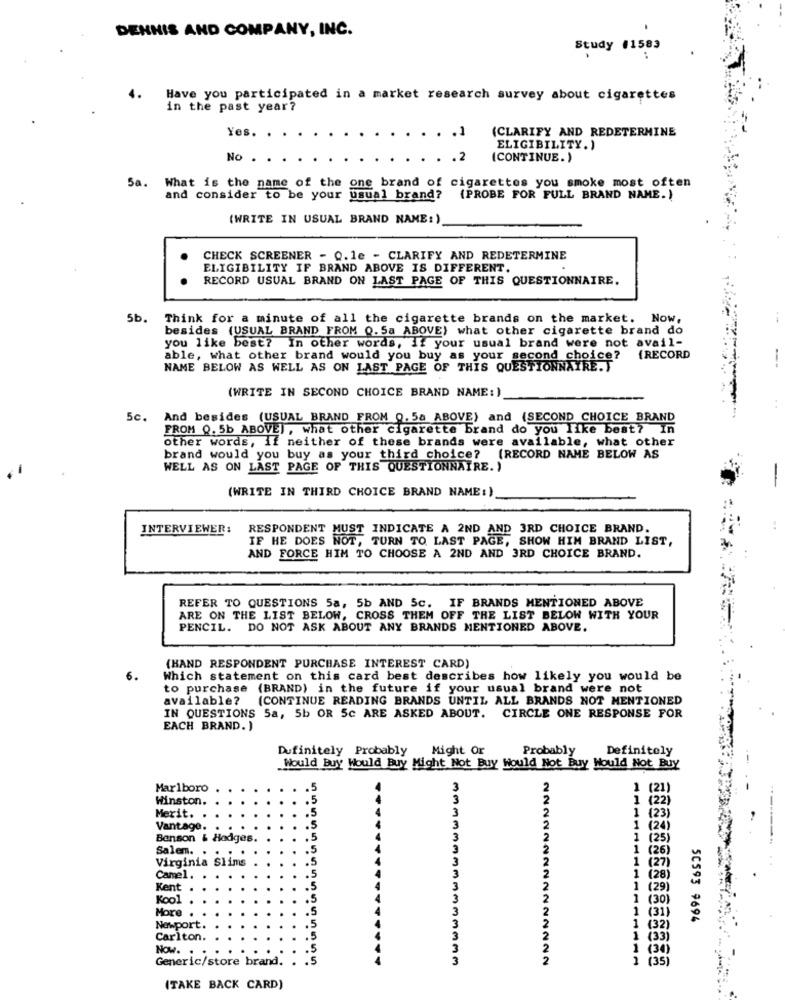
DENNIS AND COMPANY, INC.
Study #1583
4.
Have you participated in a market research survey about cigarettes
in the past year?
Yes.
.1
(CLARIFY AND REDETERMINE
ELIGIBILITY.)
No
.2
(CONTINUE.)
Sa. What is the name of the one brand of cigarettes you smoke most often
and consider to be your usual brand?
(PROBE FOR FULL BRAND NAME. )
(WRITE IN USUAL BRAND NAME: )
CHECK SCREENER - 0.1e - CLARIFY AND REDETERMINE
ELIGIBILITY IF BRAND ABOVE IS DIFFERENT.
RECORD USUAL BRAND ON LAST PAGE OF THIS QUESTIONNAIRE.
5b.
Think for a minute of all the cigarette brands on the market. Now,
besides (USUAL BRAND FROM Q. 5a ABOVE) what other cigarette brand do
you like best? In other words, if your usual brand were not avail-
able, what other brand would you buy as your second choice? {RECORD
--
NAME BELOW AS WELL AS ON LAST PAGE OF THIS QUESTIONNAIRE.T
(WRITE IN SECOND CHOICE BRAND NAME: )
5c. And besides (USUAL BRAND FROM 0, 5a ABOVE) and (SECOND CHOICE BRAND
FROM 0. 5b ABOVE), what other cigarette brand do you like best? In
other words, if neither of these brands were available, what other
brand would you buy as your third choice? (RECORD NAME BELOW AS
WELL AS ON LAST PAGE OF THIS QUESTIONNAIRE. )
(WRITE IN THIRD CHOICE BRAND NAME :)
INTERVIEWER:
RESPONDENT MUST INDICATE A 2ND AND 3RD CHOICE BRAND.
IF HE DOES NOT, TURN TO. LAST PAGE, SHOW HIM BRAND LIST,
AND FORCE HIM TO CHOOSE A 2ND AND 3RD CHOICE BRAND.
REFER TO QUESTIONS 5a, 5b AND 5c. IF BRANDS MENTIONED ABOVE
ARE ON THE LIST BELOW, CROSS THEM OFF THE LIST BELOW WITH YOUR
PENCIL. DO NOT ASK ABOUT ANY BRANDS MENTIONED ABOVE.
(HAND RESPONDENT PURCHASE INTEREST CARD)
Which statement on this card best describes how likely you would be
to purchase (BRAND) in the future if your usual brand were not
available? (CONTINUE READING BRANDS UNTIL ALL BRANDS NOT MENTIONED
IN QUESTIONS Sa, 5b OR 5c ARE ASKED ABOUT. CIRCLE ONE RESPONSE FOR
EACH BRAND. )
Dufinitely Probably
Might Or
Probably
Definitely
Would Buy Would Buy Might Not Buy Would Not Buy Would Not Buy
Marlboro
1 (21)
Winston.
1 (22
3
1 (23)
Merit.
Vantage.
3
(24)
Benson & Hodges.
3
(25)
Salem.
(26)
Virginia Slims
(27)
Camel.
(28)
Kent
(29)
Kool
(30)
More
(31)
50593 9694
Newport.
(32)
Carlton.
(33)
Now ..
(34)
Generic/store brand.
1
(35)
(TAKE BACK CARD)